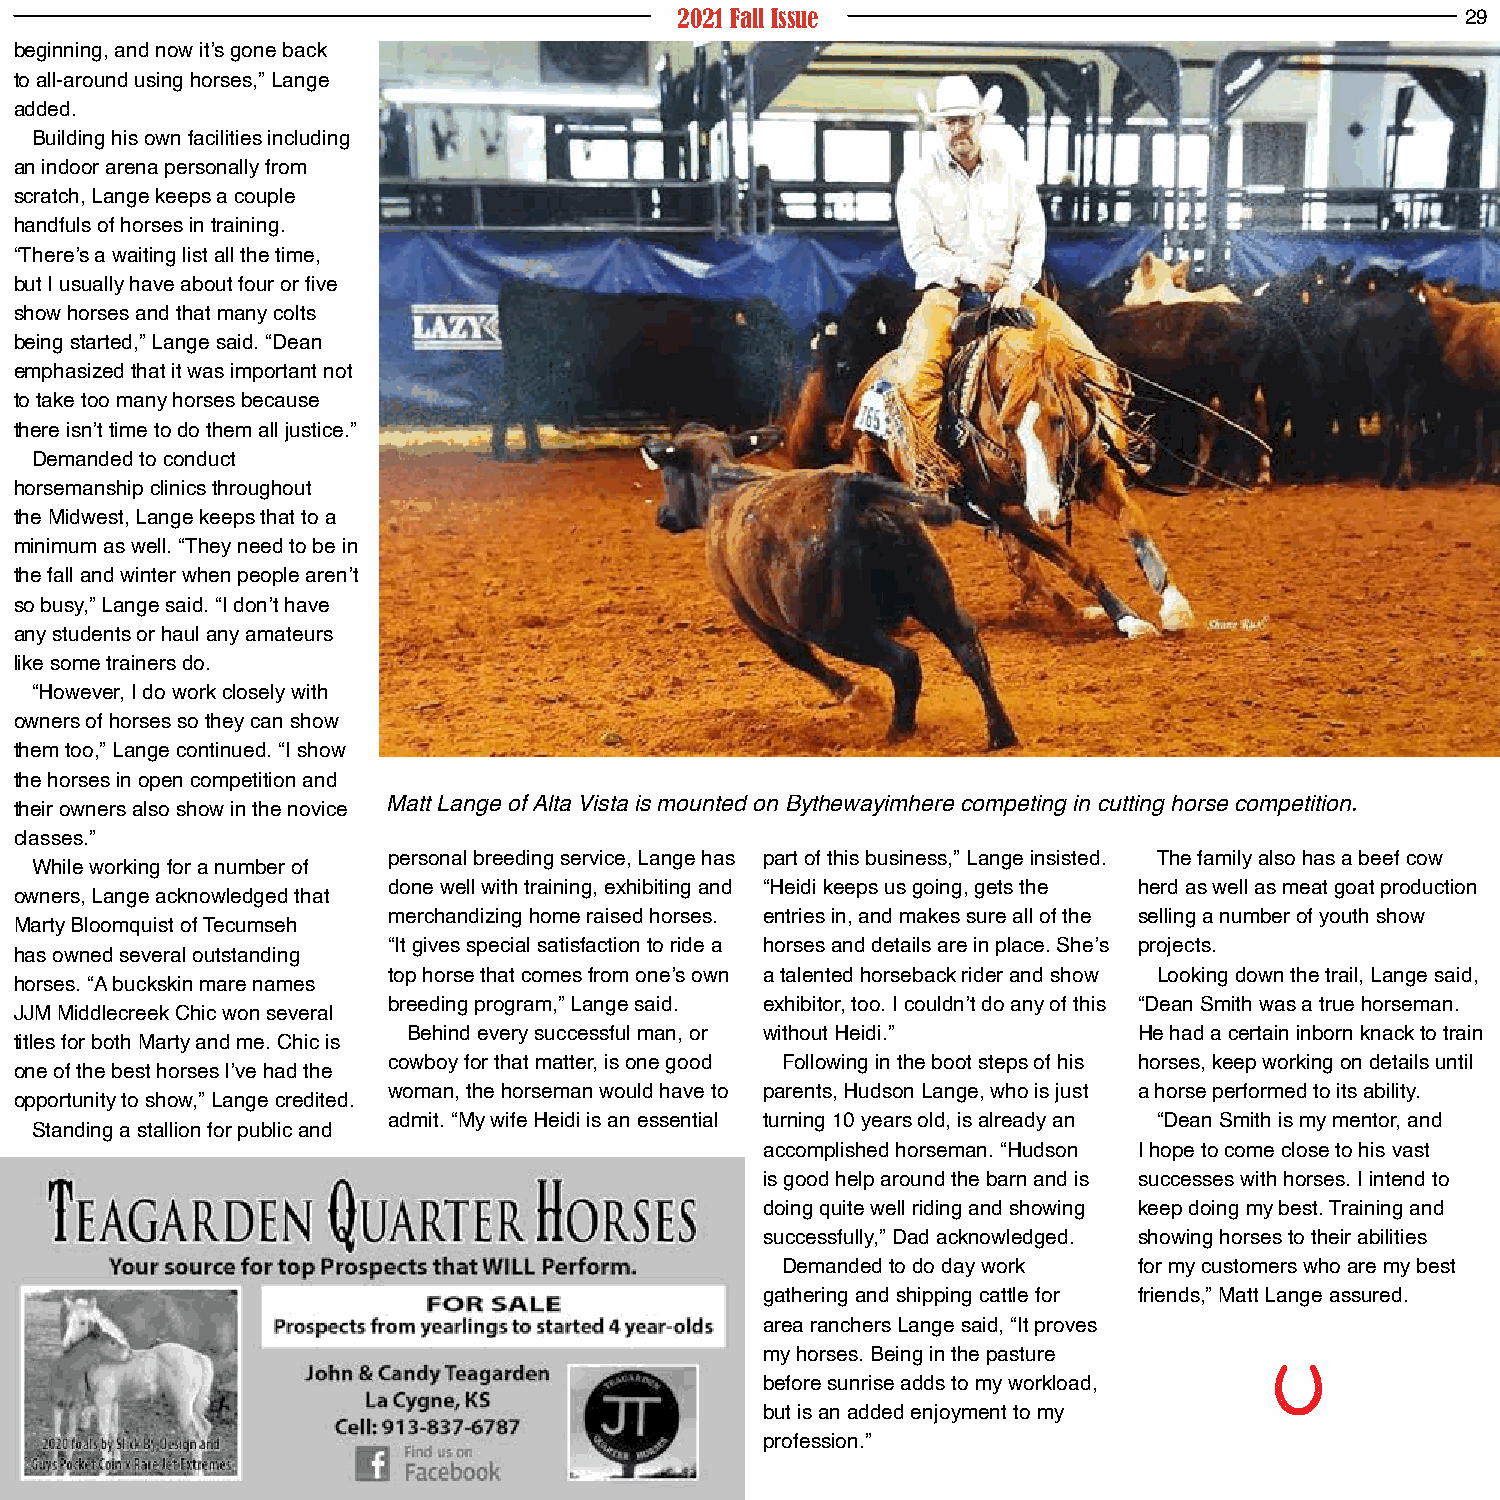
2021 Fall Issue                                     29
 beginning, and now it’s gone back
 to all-around using horses,” Lange
 added.
 Building his own facilities including
 an indoor arena personally from
 scratch, Lange keeps a couple
 handfuls of horses in training.
 “There’s a waiting list all the time,
 but I usually have about four or five
 show horses and that many colts
 being started,” Lange said. “Dean
 emphasized that it was important not
 to take too many horses because
 there isn’t time to do them all justice.”
 Demanded to conduct
 horsemanship clinics throughout
 the Midwest, Lange keeps that to a
 minimum as well. “They need to be in
 the fall and winter when people aren’t
 so busy,” Lange said. “I don’t have
 any students or haul any amateurs
 like some trainers do.
 “However, I do work closely with
 owners of horses so they can show
 them too,” Lange continued. “I show
 the horses in open competition and
 their owners also show in the novice Matt Lange of Alta Vista is mounted on Bythewayimhere competing in cutting horse competition.
 classes.”
 personal breeding service, Lange has part of this business,” Lange insisted. The family also has a beef cow
 While working for a number of
 done well with training, exhibiting and “Heidi keeps us going, gets the herd as well as meat goat production
 owners, Lange acknowledged that
 merchandizing home raised horses. entries in, and makes sure all of the selling a number of youth show
 Marty Bloomquist of Tecumseh
 “It gives special satisfaction to ride a horses and details are in place. She’s projects.
 has owned several outstanding
 top horse that comes from one’s own a talented horseback rider and show Looking down the trail, Lange said,
 horses. “A buckskin mare names
 breeding program,” Lange said. exhibitor, too. I couldn’t do any of this “Dean Smith was a true horseman.
 JJM Middlecreek Chic won several
 Behind every successful man, or without Heidi.” He had a certain inborn knack to train
 titles for both Marty and me. Chic is
 cowboy for that matter, is one good Following in the boot steps of his horses, keep working on details until
 one of the best horses I’ve had the
 woman, the horseman would have to parents, Hudson Lange, who is just a horse performed to its ability.
 opportunity to show,” Lange credited.
 admit. “My wife Heidi is an essential turning 10 years old, is already an “Dean Smith is my mentor, and
 Standing a stallion for public and
 accomplished horseman. “Hudson I hope to come close to his vast
 is good help around the barn and is successes with horses. I intend to
 doing quite well riding and showing keep doing my best. Training and
 successfully,” Dad acknowledged. showing horses to their abilities
 Demanded to do day work for my customers who are my best
 gathering and shipping cattle for friends,” Matt Lange assured.
 area ranchers Lange said, “It proves
 my horses. Being in the pasture
 before sunrise adds to my workload,
 but is an added enjoyment to my
 profession.”